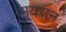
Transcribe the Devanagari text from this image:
मयसन